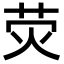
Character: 荧